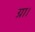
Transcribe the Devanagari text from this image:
ग्रा।